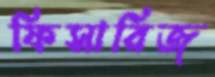
ফিসারিজ